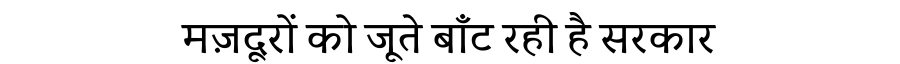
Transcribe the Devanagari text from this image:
मज़दूरों को जूते बाँट रही है सरकार